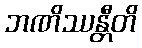
ဘဏိဿန္တီတိ